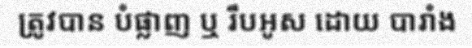
ត្រូវបាន បំផ្លាញ ឬ រឹបអូស ដោយ បារាំង